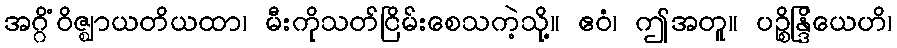
အဂ္ဂိံဝိဇ္ဈာယတိယထာ၊ မီးကိုသတ်ငြိမ်းစေသကဲ့သို့။ ဧဝံ၊ ဤအတူ။ ပဉ္စိန္ဒြိယေဟိ၊